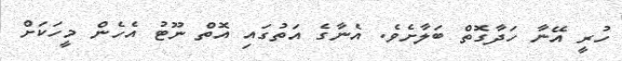
ހުރީ އޭނާ ހަދާގޮތް ބަލާށެވެ. އެނާގެ އަތުގައި އޮތް ނޫޓު އެހެން މީހަކަށް